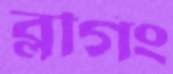
ব্লগিং